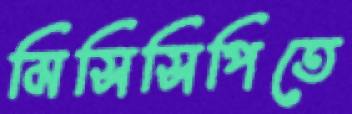
মিসিসিপিতে